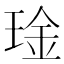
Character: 琻